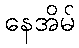
နေအိမ်